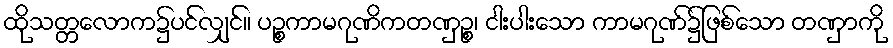
ထိုသတ္တလောက၌ပင်လျှင်။ ပဉ္စကာမဂုဏိကတဏှဉ္စ၊ ငါးပါးသော ကာမဂုဏ်၌ဖြစ်သော တဏှာကို